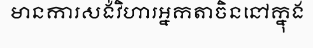
មានការសង់វិហារអ្នកតាចិននៅក្នុង